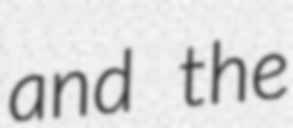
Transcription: and the